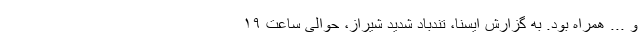
و ... همراه بود. به گزارش ایسنا، تندباد شدید شیراز، حوالی ساعت ۱۹